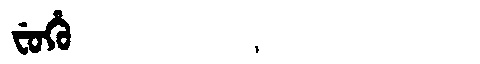
Manchu: ᠸᡠᡥᡠ
Romanization: FUHU